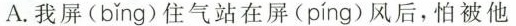
A.我屏( bǐng )住气站在屏( píng )风后，怕被他